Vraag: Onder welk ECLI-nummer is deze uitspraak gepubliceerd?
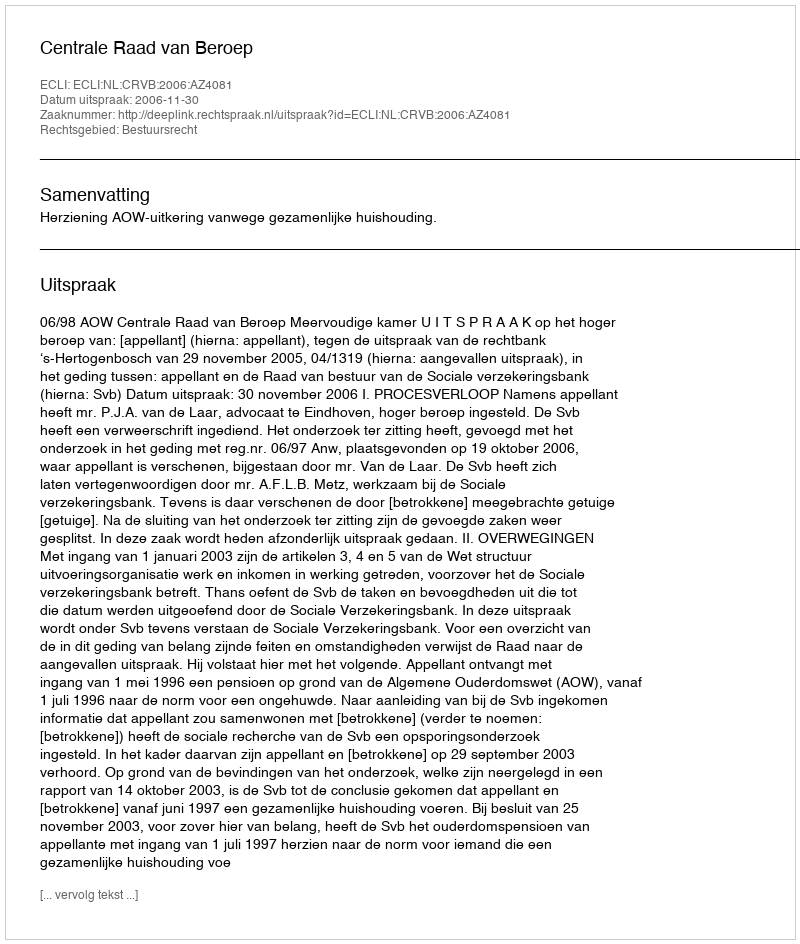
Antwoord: ECLI:NL:CRVB:2006:AZ4081